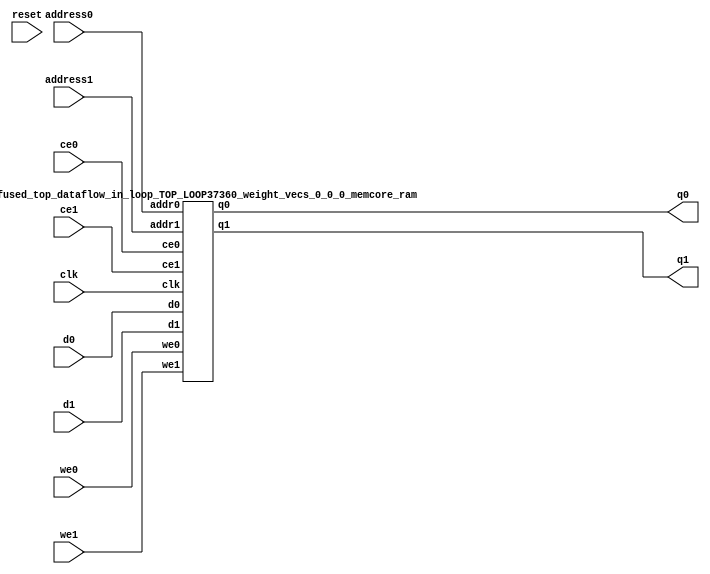
`define EXPONENT 5
`define MANTISSA 10
`define ACTUAL_MANTISSA 11
`define EXPONENT_LSB 10
`define EXPONENT_MSB 14
`define MANTISSA_LSB 0
`define MANTISSA_MSB 9
`define MANTISSA_MUL_SPLIT_LSB 3
`define MANTISSA_MUL_SPLIT_MSB 9
`define SIGN 1
`define SIGN_LOC 15
`define DWIDTH (`SIGN+`EXPONENT+`MANTISSA)
`define IEEE_COMPLIANCE 1

module td_fused_top_dataflow_in_loop_TOP_LOOP37360_weight_vecs_0_0_0_memcore(
    reset,
    clk,
    address0,
    ce0,
    we0,
    d0,
    q0,
    address1,
    ce1,
    we1,
    d1,
    q1);

parameter DataWidth = 32'd16;
parameter AddressRange = 32'd512;
parameter AddressWidth = 32'd9;
input reset;
input clk;
input[AddressWidth - 1:0] address0;
input ce0;
input we0;
input[DataWidth - 1:0] d0;
output[DataWidth - 1:0] q0;
input[AddressWidth - 1:0] address1;
input ce1;
input we1;
input[DataWidth - 1:0] d1;
output[DataWidth - 1:0] q1;



td_fused_top_dataflow_in_loop_TOP_LOOP37360_weight_vecs_0_0_0_memcore_ram td_fused_top_dataflow_in_loop_TOP_LOOP37360_weight_vecs_0_0_0_memcore_ram_U(
    .clk( clk ),
    .addr0( address0 ),
    .ce0( ce0 ),
    .we0( we0 ),
    .d0( d0 ),
    .q0( q0 ),
    .addr1( address1 ),
    .ce1( ce1 ),
    .we1( we1 ),
    .d1( d1 ),
    .q1( q1 )
);

endmodule
module td_fused_top_dataflow_in_loop_TOP_LOOP37360_weight_vecs_0_0_0_memcore_ram (addr0, ce0, d0, we0, q0, addr1, ce1, d1, we1, q1,  clk);

parameter DWIDTH = 16;
parameter AWIDTH = 9;
parameter MEM_SIZE = 512;

input[AWIDTH-1:0] addr0;
input ce0;
input[DWIDTH-1:0] d0;
input we0;
output reg[DWIDTH-1:0] q0;
input[AWIDTH-1:0] addr1;
input ce1;
input[DWIDTH-1:0] d1;
input we1;
output reg[DWIDTH-1:0] q1;
input clk;

reg [DWIDTH-1:0] ram[MEM_SIZE-1:0];




always @(posedge clk)  
begin 
    if (ce0) begin
        if (we0) 
            ram[addr0] <= d0; 
        q0 <= ram[addr0];
    end
end


always @(posedge clk)  
begin 
    if (ce1) begin
        if (we1) 
            ram[addr1] <= d1; 
        q1 <= ram[addr1];
    end
end


endmodule